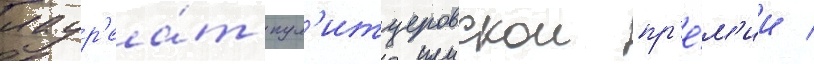
лаур'еа́т пул'итцеровскои пр'е́м'ии /